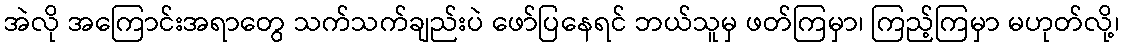
အဲလို အကြောင်းအရာတွေ သက်သက်ချည်းပဲ ဖော်ပြနေရင် ဘယ်သူမှ ဖတ်ကြမှာ၊ ကြည့်ကြမှာ မဟုတ်လို့၊